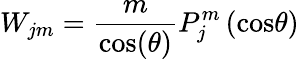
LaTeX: W_{jm}=\frac{m}{\mathrm{cos}(\theta)}P_{j}^{m}\left(\mathrm{cos}\theta\right)